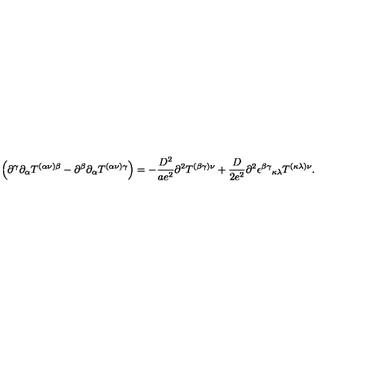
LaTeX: \left( \partial ^ { \gamma } \partial _ { \alpha } T ^ { ( \alpha \nu ) \beta } - \partial ^ { \beta } \partial _ { \alpha } T ^ { ( \alpha \nu ) \gamma } \right) = - \frac { D ^ { 2 } } { a e ^ { 2 } } \partial ^ { 2 } T ^ { ( \beta \gamma ) \nu } + \frac { D } { 2 e ^ { 2 } } \partial ^ { 2 } \epsilon ^ { \beta \gamma } { } _ { \kappa \lambda } T ^ { ( \kappa \lambda ) \nu } .